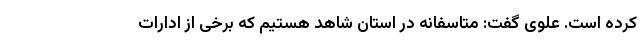
کرده است. علوی گفت: متاسفانه در استان شاهد هستیم که برخی از ادارات